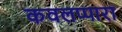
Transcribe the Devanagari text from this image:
कवलप्पारा